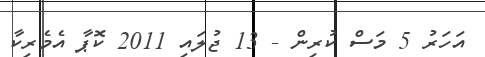
އަހަރު 5 މަސް ކުރިން - 13 ޖުލައި 2011 ކޮޕާ އެމެރިކާ